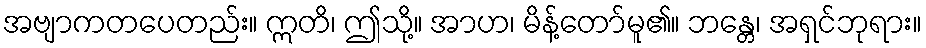
အဗျာကတပေတည်း။ ဣတိ၊ ဤသို့။ အာဟ၊ မိန့်တော်မူ၏။ ဘန္တေ၊ အရှင်ဘုရား။